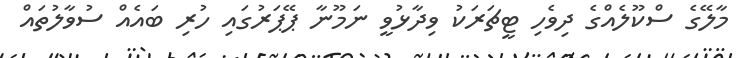
މާލޭގެ ސްކޫލެއްގެ ދިވެހި ޓީޗަރަކު ވިދާޅުވީ ނަމޫނާ ޕޭޕަރުގައި ހުރި ބައެއް ސުވާލުތައް